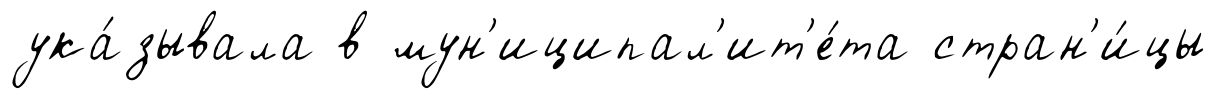
ука́зывала в мун'иципал'ит'е́та стран'и́цы